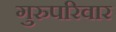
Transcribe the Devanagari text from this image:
गुरुपरिवार